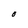
Character: O